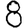
Digit: 8